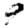
Digit: 9